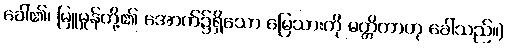
ခေါ်၏၊ မြူမှုန်တို့၏ အောက်၌ရှိသော မြေသားကို မတ္တိကာဟု ခေါ်သည်။)